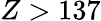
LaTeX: Z>137